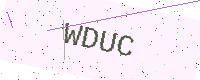
Text: WDUC